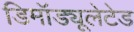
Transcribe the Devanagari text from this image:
डिमॉड्यूलेटेड